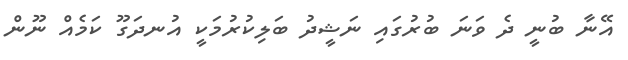
އޭނާ ބުނީ ދެ ވަނަ ބުރުގައި ނަޝީދު ބަލިކުރުމަކީ އުނދަގޫ ކަމެއް ނޫން